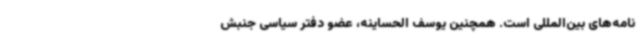
نامه‌های بین‌المللی است. همچنین یوسف الحساینه، عضو دفتر سیاسی جنبش